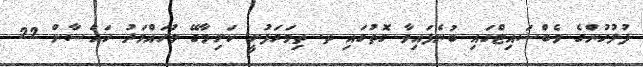
ފުލުހުންގެ ވެބްސައިޓްގައި ބުނެފައިވާ ގޮތުގައި ތ. ތިމަރަފުށީ ކަށިމާގޭ މުހައްމަދު ހައްސާން 22